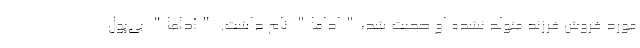
مورد فروش فرزند متولد نشده او صحبت شد،"اداما" نام داشت. "آداما" بی‌پول